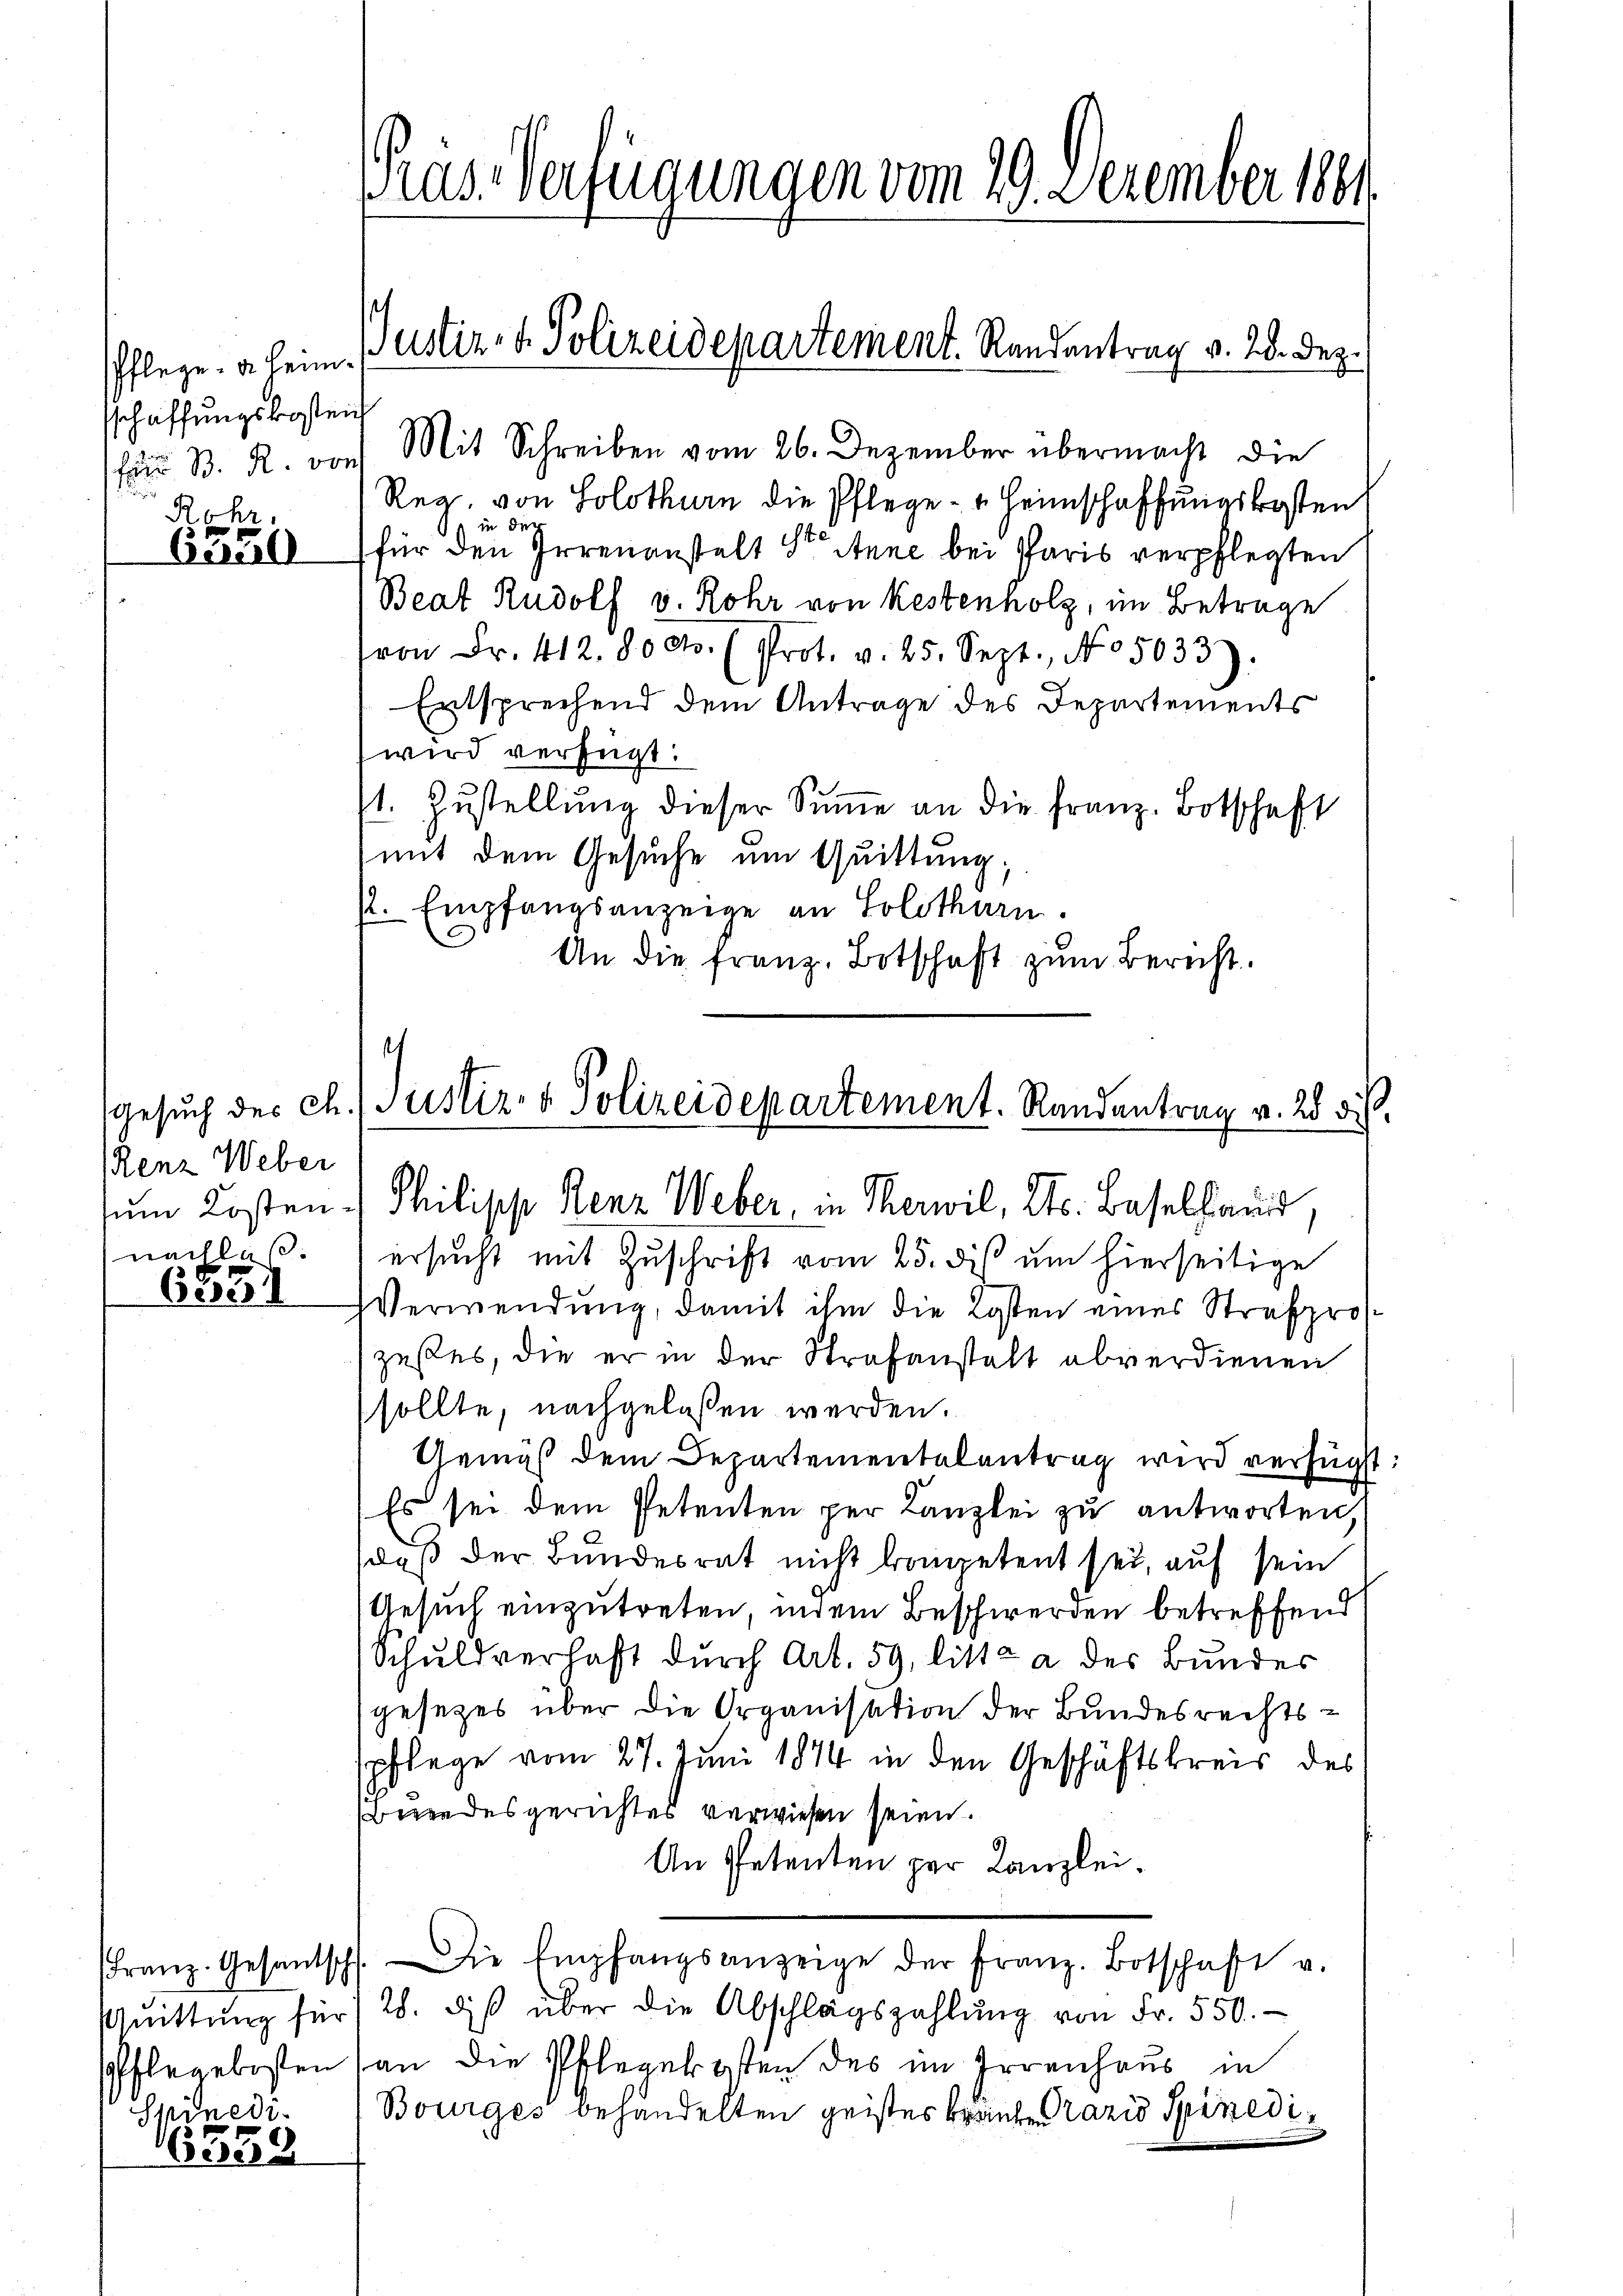
Pflege. a. heimschaffungskosten

Rohr.
6550

(Renz Weber
nachlaß.

65551

Quittung für
Ginedi

16539

rus-Verfügungen vom 29. Dezember 1891

B. R. von Mit Schreiben vom 26. Dezember übermacht die
Reg, von Solothurn die Pflege - " Heimschaffungskosten
in der
für den Irrenanstalt St. Anne bei Paris verpflegten
Beat Rudolf v. Rohr von Restenholz, im Betrage
von Fr. 412. 800. (Prot. v. 25. Sept., No 5033):
Entsprechend dem Antrage des Departements
wird verfügt:
1. Zustellung dieser Summe an die Franz. Botschaft
mit dem Gesuche um Quittung;
st. Empfangsanzeige an Solothurn.
An die franz. Botschaft zum Bericht.

Justiz- & Polizeidepartement. Randantrag v. 28. Dez.

t
Gesuch des Ch. Justiz- & Polizeidepartement. Randantrag v. 28 di
sum Kosten Philipp Renz Weber, in Therwil, Kts. Baselland,

ersucht mit Zuschrift vom 25. dis um hierseitige
VVerwendung, damit ihm die Kosten eines Strafpros.
zustes, die er in der Strafanstalt abverdienen
sollte, nachgelassen werden.
Gemäß dem Departementalantrag wird verfügt:
Es sei dem Petenten per Kanzlei zu antworten,
daß der Bundesrat nicht kompetent sei, auf sein
Gesuch einzutreten, indem Beschwerden betreffend
Schuldverhaft durch Art. 59, litte a des Bundes
gesezes über die Organisation der Bundesrechtsspflege vom 27. Juni 1874 in den Geschäftskreis des
Buendesgerichtes verwiesen seien.
An Petenten par Kanzlei¬
Franz. Gesantsch. Die Empfangsanzeige der Franz. Botschaft v.
28. diβ über die Abschlagszahlŭng von Fr. 550.
Pflegekosten (an die Pflegekosten des im Irrenhaus in
Bourges behandelten geistes Bräute Praxis Spinedi¬